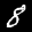
Label: 8